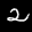
Label: 2